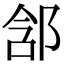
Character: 𨛣